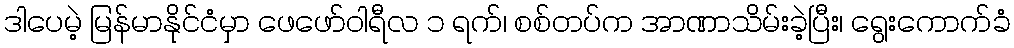
ဒါပေမဲ့ မြန်မာနိုင်ငံမှာ ဖေဖော်ဝါရီလ ၁ ရက်၊ စစ်တပ်က အာဏာသိမ်းခဲ့ပြီး၊ ရွေးကောက်ခံ